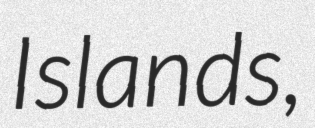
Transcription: Islands,